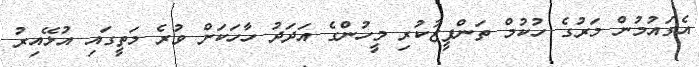
އެގައުމުން މަރުގެ ހުކުމް ތަންފީޒުކުރި މީހުންގެ އަދަދު ހާހަކަށް ވުރެ މަތީގައި އުޅޭއިރު